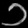
Digit: ၁